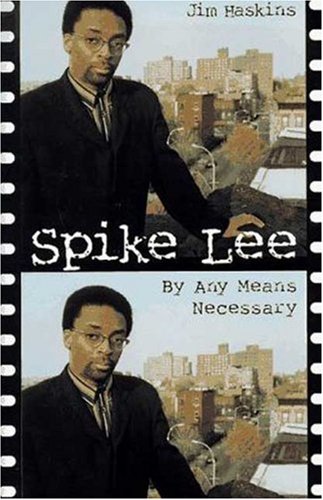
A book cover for Spike Lee: By Any Means Necessary; Jim Haskins; Teen & Young Adult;